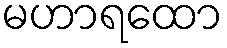
မဟာရထော